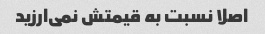
اصلا نسبت به قیمتش نمی‌ارزید